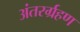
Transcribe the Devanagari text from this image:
अंतरर्ग्रहण